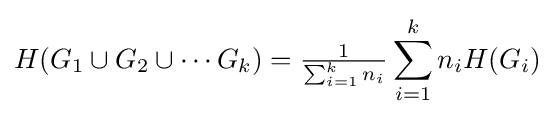
H(G_{1}\cup G_{2}\cup \cdots G_{k})={\tfrac {1}{\sum _{i=1}^{k}n_{i}}}\sum _{i=1}^{k}{n_{i}H(G_{i})}